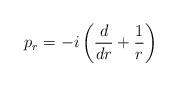
LaTeX: \begin{align*}p_r = -i\left( \frac{d}{dr} + \frac{1}{r} \right)\end{align*}